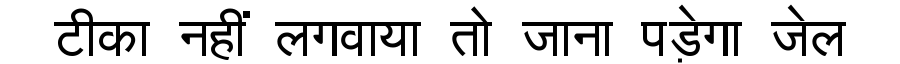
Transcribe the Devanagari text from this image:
टीका नहीं लगवाया तो जाना पड़ेगा जेल